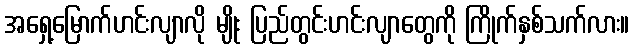
အရှေ့မြောက်ဟင်းလျာလို မျိုး ပြည်တွင်းဟင်းလျာတွေကို ကြိုက်နှစ်သက်လား။